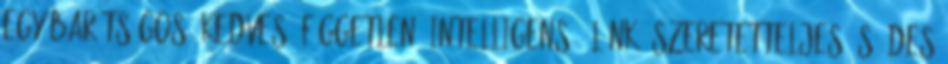
egy barátságos, kedves, független, intelligens, élénk, szeretetteljes és édes